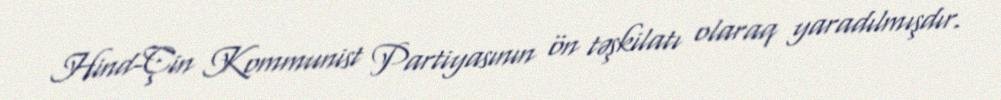
Hind-Çin Kommunist Partiyasının ön təşkilatı olaraq yaradılmışdır.